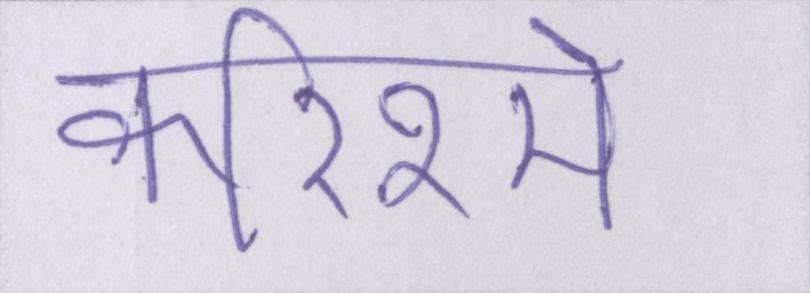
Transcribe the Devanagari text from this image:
करिश्मे